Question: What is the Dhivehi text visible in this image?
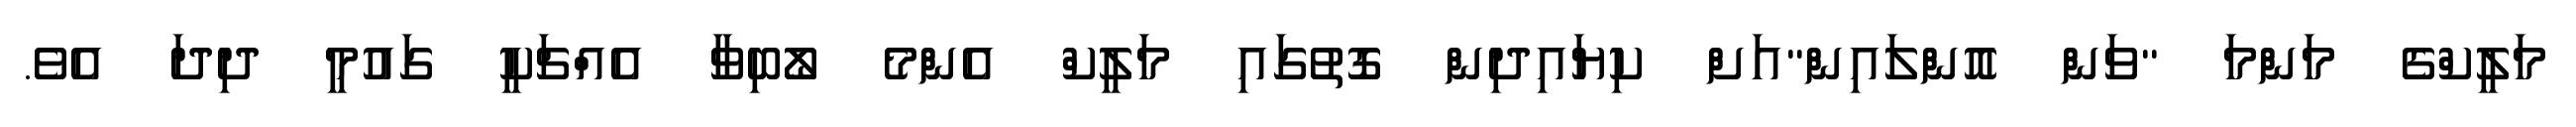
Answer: މަލީކްގެ މަންމަ "ވަން އޮންލައިން"އަށް ކިޔައިދިން ގޮތުގައި މަލީކް އެންމެ ލޯބިވާ އެއްޗަކީ ގައުމީ ދިދަ އެވެ.